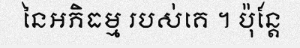
នៃអភិធម្ម របស់គេ ។ ប៉ុន្តែ